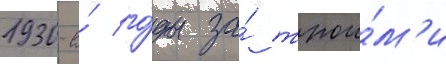
1930-е́ го́ды за́ трои́м'и